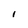
Character: l